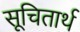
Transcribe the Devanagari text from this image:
सूचितार्थ